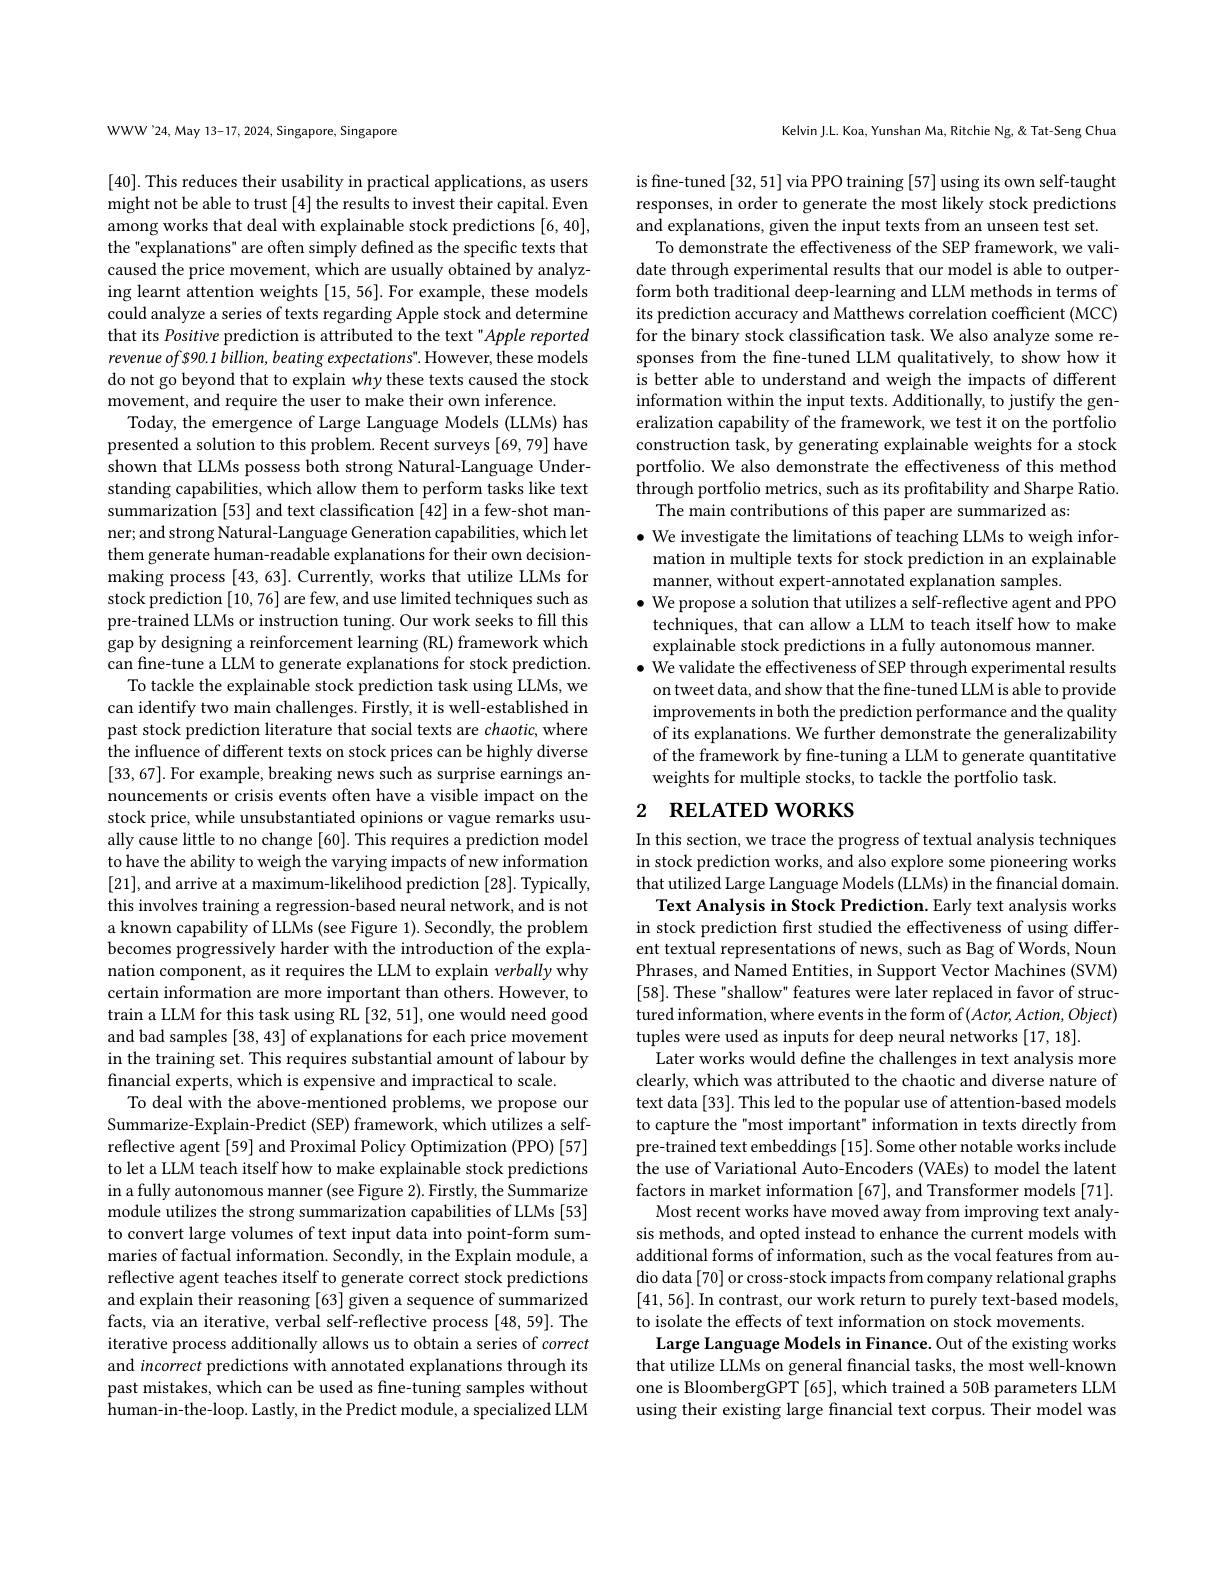
WWW'24, May 13-17, 2024, Singapore, Singapore

[40]. This reduces their usability in practical applications, as users might not be able to trust [4] the results to invest their capital. Even among works that deal with explainable stock predictions [6,40], the "explanations" are often simply defined as the specific texts that caused the price movement, which are usually obtained by analyzing learnt attention weights [15, 56]. For example, these models could analyze a series of texts regarding Apple stock and determine that its Positive prediction is attributed to the text"Apple reported revenue of $90.1 billion, beating expectations" . However, these models do not go beyond that to explain why these texts caused the stock movement, and require the user to make their own inference
Today, the emergence of Large Language Models (LLMs) has presented a solution to this problem. Recent surveys [69,79] have shown that LLMs possess both strong Natural-Language Understanding capabilities, which allow them to perform tasks like text summarization [53] and text classification [42] in a few-shot manner; and strong Natural- Language Generation capabilities, which let them generate human-readable explanations for their own decisionmaking process [43,63]. Currently, works that utilize LLMs for stock prediction [10, 76] are few, and use limited techniques such as pre-trained LLMs or instruction tuning. Our work seeks to fill this gap by designing a reinforcement learning (RL) framework which can fine-tune a LLM to generate explanations for stock prediction.
To tackle the explainable stock prediction task using LLMs, we can identify two main challenges. Firstly, it is well-established in past stock prediction literature that social texts are chaotic, where the influence of different texts on stock prices can be highly diverse [33,67]. For example, breaking news such as surprise earnings announcements or crisis events often have a visible impact on the stock price, while unsubstantiated opinions or vague remarks usually cause little to no change [60]. This requires a prediction model to have the ability to weigh the varying impacts of new information [21],and arrive at a maximum-likelihood prediction [28]. Typically, this involves training a regression-based neural network, and is not a known capability of LLMs (see Figure 1). Secondly, the problem becomes progressively harder with the introduction of the explanation component, as it requires the LLM to explain verbally why certain information are more important than others. However, to train a LLM for this task using RL [32, 51], one would need good and bad samples [38, 43] of explanations for each price movement in the training set. This requires substantial amount of labour by financial experts, which is expensive and impractical to scale.
To deal with the above-mentioned problems, we propose our Summarize-Explain-Predict (SEP) framework, which utilizes a selfreflective agent [59] and Proximal Policy Optimization (PPO) [57] to let a LLM teach itself how to make explainable stock predictions in a fully autonomous manner (see Figure 2). Firstly, the Summarize module utilizes the strong summarization capabilities of LLMs [53] to convert large volumes of text input data into point-form summaries of factual information. Secondly, in the Explain module, a reflective agent teaches itself to generate correct stock predictions and explain their reasoning [63] given a sequence of summarized facts, via an iterative, verbal self-reflective process [48,59]. The iterative process additionally allows us to obtain a series of correct and incorrect predictions with annotated explanations through its past mistakes, which can be used as fine-tuning samples without human-in-the-loop. Lastly, in the Predict module, a specialized LLM

Kelvin J.L. Koa, Yunshan Ma, Ritchie Ng, & Tat-Seng Chua

is fine-tuned [32, 51] via PPO training [57] using its own self-taught responses, in order to generate the most likely stock predictions and explanations, given the input texts from an unseen test set.
To demonstrate the effectiveness of the SEP framework, we validate through experimental results that our model is able to outperform both traditional deep-learning and LLM methods in terms of its prediction accuracy and Matthews correlation coefficient (MCC) for the binary stock classification task. We also analyze some responses from the fine-tuned LLM qualitatively, to show how it is better able to understand and weigh the impacts of different information within the input texts. Additionally, to justify the generalization capability of the framework, we test it on the portfolio construction task, by generating explainable weights for a stock portfolio. We also demonstrate the effectiveness of this method through portfolio metrics, such as its profitability and Sharpe Ratio.
The main contributions of this paper are summarized as:
$\bullet$ We investigate the limitations of teaching LLMs to weigh infor-
mation in multiple texts for stock prediction in an explainable
manner, without expert-annotated explanation samples
$\bullet$ We propose a solution that utilizes a self-reflective agent and PPO techniques, that can allow a LLM to teach itself how to make explainable stock predictions in a fully autonomous manner.
$\bullet$ We validate the effectiveness of SEP through experimental results
on tweet data, and show that the fine-tuned LLM is able to provide improvements in both the prediction performance and the quality of its explanations. We further demonstrate the generalizability of the framework by fine-tuning a LLM to generate quantitative weights for multiple stocks, to tackle the portfolio task

## 2 RELATED WORKS

In this section, we trace the progress of textual analysis techniques in stock prediction works, and also explore some pioneering works that utilized Large Language Models (LLMs) in the financial domain.
Text Analysis in Stock Prediction. Early text analysis works in stock prediction first studied the effectiveness of using different textual representations of news, such as Bag of Words, Noun Phrases, and Named Entities, in Support Vector Machines (SVM) [58]. These "shallow" features were later replaced in favor of structured information, where events in the form of $(Actor,Action,Object)$ tuples were used as inputs for deep neural networks [17,18].
Later works would define the challenges in text analysis more clearly, which was attributed to the chaotic and diverse nature of text data [33]. This led to the popular use of attention-based models to capture the"most important" information in texts directly from pre-trained text embeddings [15]. Some other notable works include the use of Variational Auto-Encoders (VAEs) to model the latent factors in market information [67], and Transformer models [71]. Most recent works have moved away from improving text analysis methods, and opted instead to enhance the current models with additional forms of information, such as the vocal features from audio data [70] or cross-stock impacts from company relational graphs [41,56]. In contrast, our work return to purely text-based models, to isolate the effects of text information on stock movements
Large Language Models in Finance. Out of the existing works that utilize LLMs on general financial tasks, the most well-known one is BloombergGPT [65], which trained a 50B parameters LLM using their existing large financial text corpus. Their model was